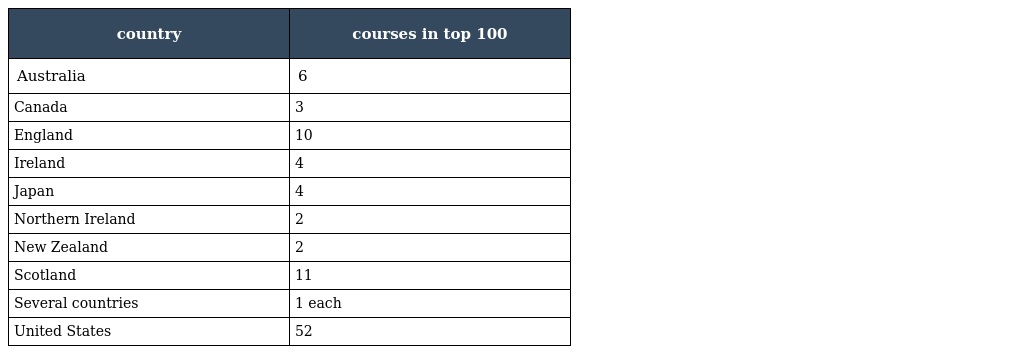
| country | courses in top 100 |
 | --- | --- |
 | Australia | 6 |
 | Canada | 3 |
 | England | 10 |
 | Ireland | 4 |
 | Japan | 4 |
 | Northern Ireland | 2 |
 | New Zealand | 2 |
 | Scotland | 11 |
 | Several countries | 1 each |
 | United States | 52 |